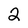
Character: 2